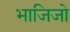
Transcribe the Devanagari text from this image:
भाजिजो